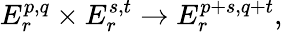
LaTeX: E_{r}^{p,q}\times E_{r}^{s,t}\to E_{r}^{p+s,q+t},